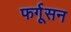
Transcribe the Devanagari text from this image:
फर्गूसन